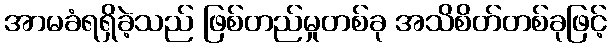
အာမခံရရှိခဲ့သည် ဖြစ်တည်မှုတစ်ခု အသိစိတ်တစ်ခုဖြင့်